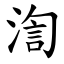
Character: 渹